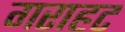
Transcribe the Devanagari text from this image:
गराहट